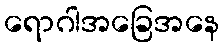
ရောဂါအခြေအနေ